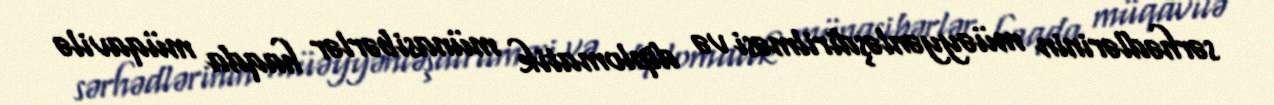
sərhədlərinin müəyyənləşdirilməsi və diplomatik münasibərlər haqda müqavilə